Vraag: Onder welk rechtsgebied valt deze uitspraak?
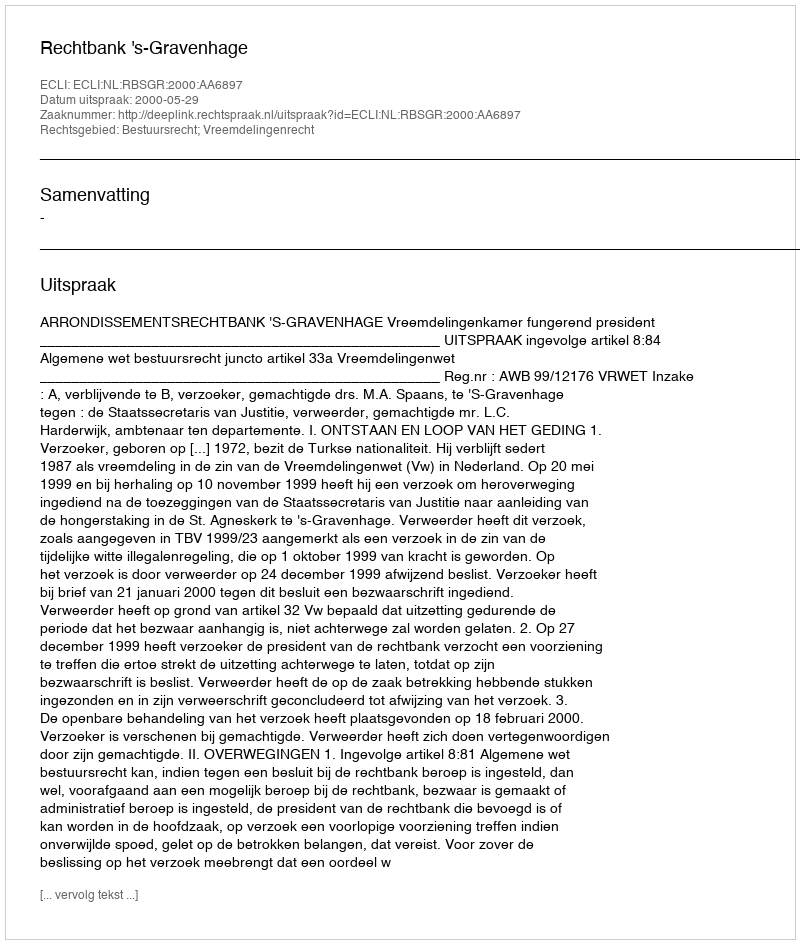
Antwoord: Bestuursrecht; Vreemdelingenrecht